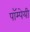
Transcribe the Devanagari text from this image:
पॉम्पेयी